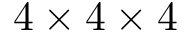
4 \times 4 \times 4